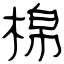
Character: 棉